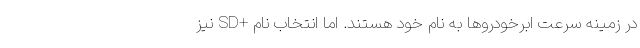
در زمینه سرعت ابرخودروها به نام خود هستند. اما انتخاب نام +SD نیز